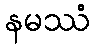
နမဿံ